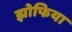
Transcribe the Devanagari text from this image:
झोफिया